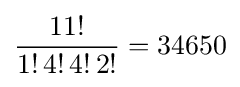
{\frac {11!}{1!\,4!\,4!\,2!}}=34650